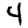
Digit: 4